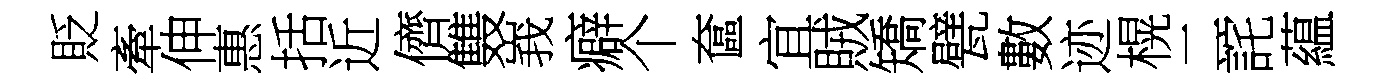
貶牽伸惠括近儕䨇峩癖个奩宜賊矯甓數迹榥二詫藴